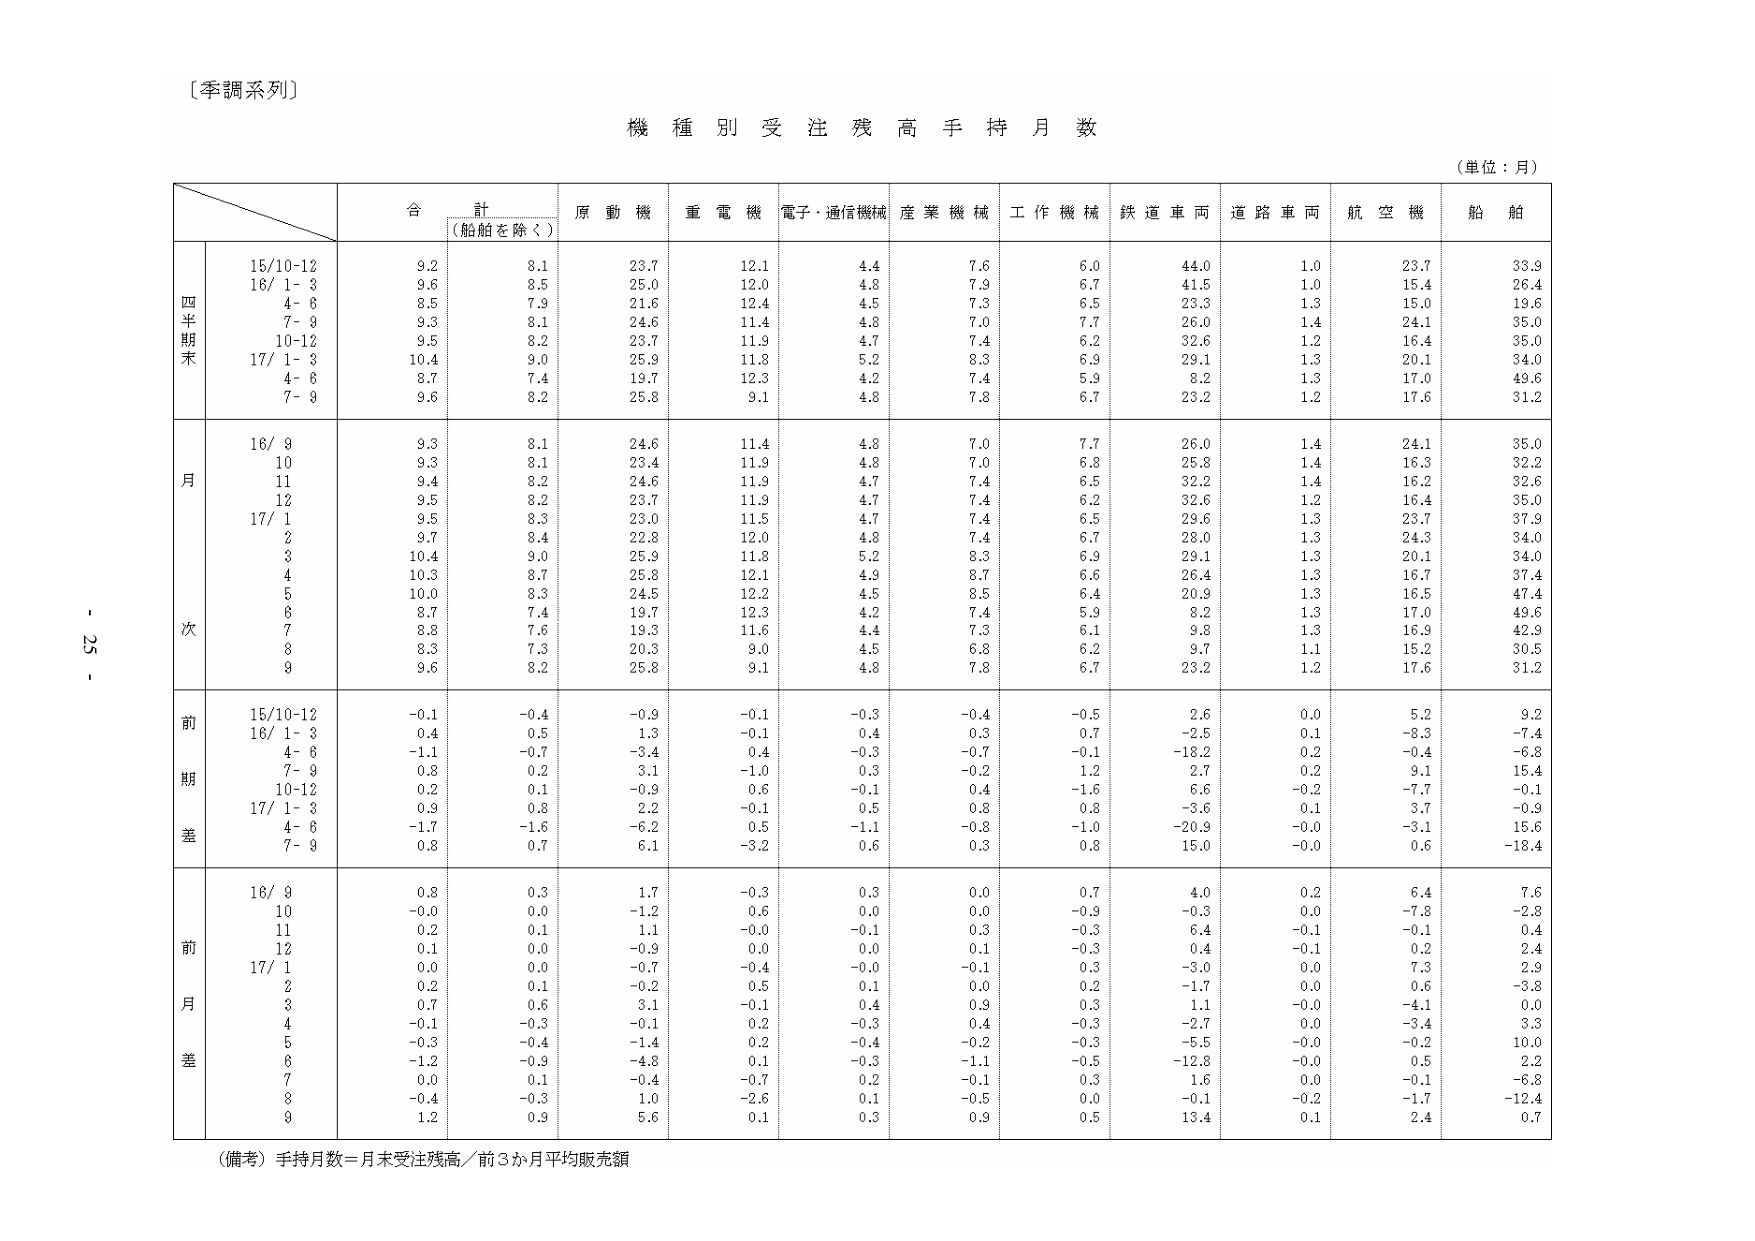
〔季調系列〕

機 種 別 受 注 残 高 手 持 月 数

（単位：月）